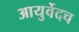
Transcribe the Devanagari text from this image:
आयुर्वेदच